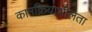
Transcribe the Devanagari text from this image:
कामक्रियाशीलता